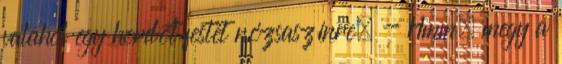
valahol egy hordót festet rózsaszínre. - Hmm. megy a